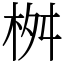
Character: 桝